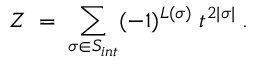
Z \; = \; \sum _ { \sigma \in { \cal S } _ { i n t } } ( - 1 ) ^ { L ( \sigma ) } \; t ^ { 2 | \sigma | } \; .